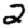
Digit: 2